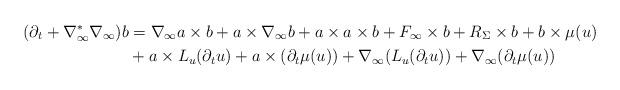
LaTeX: \begin{align*}(\partial_t + \nabla_\infty^* \nabla_\infty) b &= \nabla_\infty a \times b + a \times \nabla_\infty b + a\times a \times b + F_\infty \times b + R_{\Sigma} \times b + b\times \mu(u)\\ & + a \times L_u (\partial_t u) + a \times (\partial_t \mu(u)) + \nabla_\infty (L_u (\partial_t u)) + \nabla_\infty (\partial_t \mu(u))\end{align*}